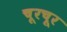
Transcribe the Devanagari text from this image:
चूरचूर